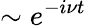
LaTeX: \sim e^{-i\nu t}